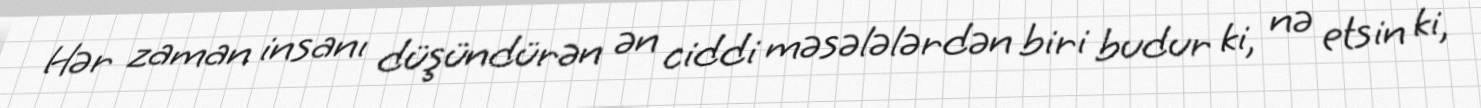
Hər zaman insanı düşündürən ən ciddi məsələlərdən biri budur ki, nə etsin ki,